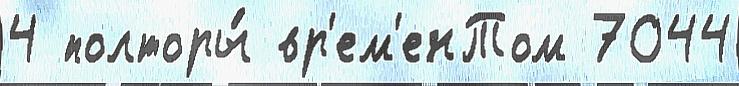
4 полторы́ вр'ем'енТом 7044